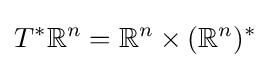
T^{*}\mathbb {R} ^{n}=\mathbb {R} ^{n}\times (\mathbb {R} ^{n})^{*}